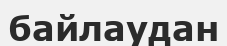
байлаудан